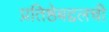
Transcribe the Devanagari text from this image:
प्रतिष्ठेबद्दलची